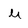
Character: u